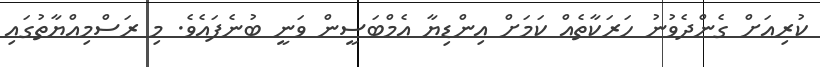
ކުރިއަށް ގެންދެވުނު ހަރަކާތެއް ކަމަށް އިންޑިޔާ އެމްބަސީން ވަނީ ބުނެފައެވެ. މި ރަސްމިއްޔާތުގައި